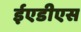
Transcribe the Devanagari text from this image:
ईएडीएस